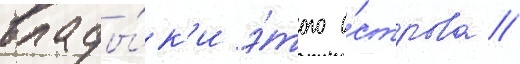
влады́к'и э́того о́строва //